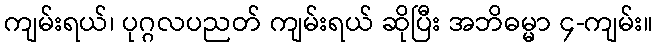
ကျမ်းရယ်၊ ပုဂ္ဂလပညတ် ကျမ်းရယ် ဆိုပြီး အဘိဓမ္မာ ၄-ကျမ်း။